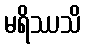
မရိဿသိ